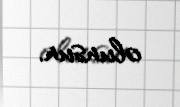
olunsun.